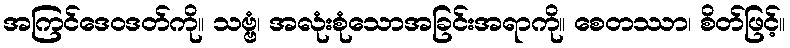
အကြင်ဒေဝဒတ်ကို။ သဗ္ဗံ၊ အလုံးစုံသောအခြင်းအရာကို။ စေတဿာ၊ စိတ်ဖြင့်။